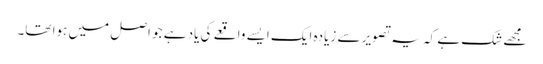
مجھے شک ہے کہ یہ تصویر سے زیادہ ایک ایسے واقعے کی یاد ہے جو اصل میں ہوا تھا۔